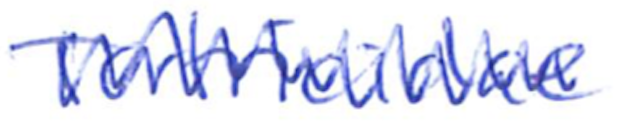
Text: Tortricidae
Cross-out: zig-zag
Writing tool: ballpoint